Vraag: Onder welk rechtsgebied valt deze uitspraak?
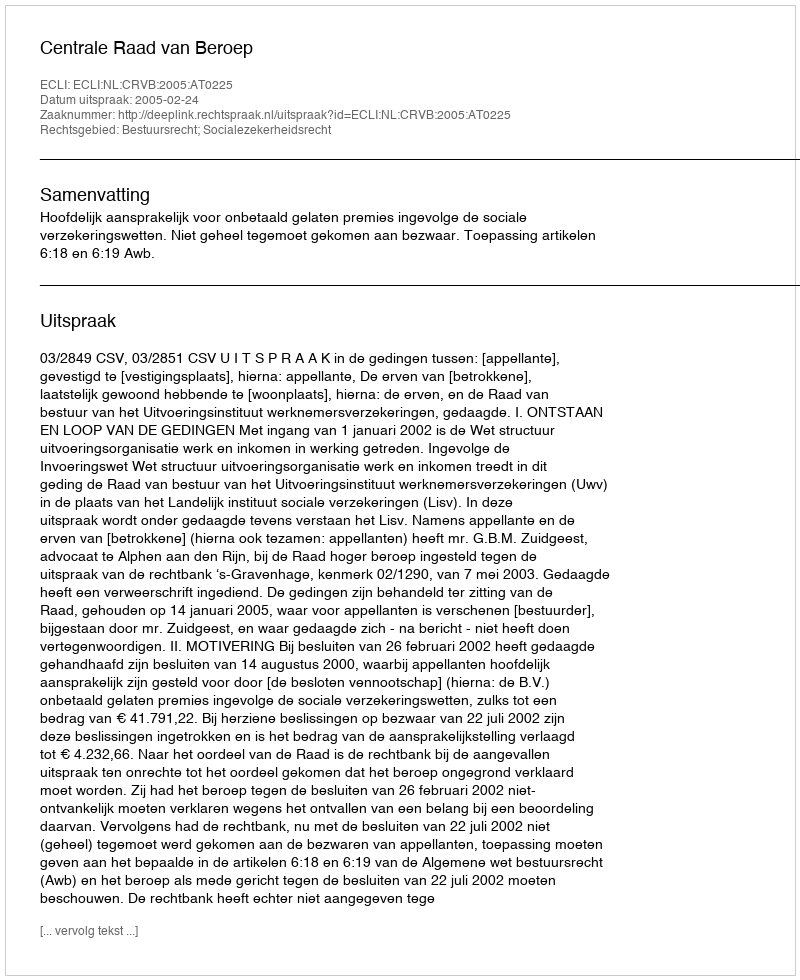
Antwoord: Bestuursrecht; Socialezekerheidsrecht